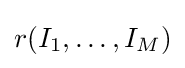
r(I_{1},\ldots ,I_{M})